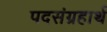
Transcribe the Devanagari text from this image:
पदसंग्रहार्थ